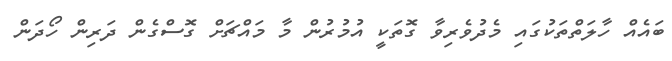
ބައެއް ހާލަތްތަކުގައި މެދުވެރިވާ ގޮތަކީ އުމުރުން މާ މައްޗަށް ގޮސްގެން ދަރިން ހޯދަން